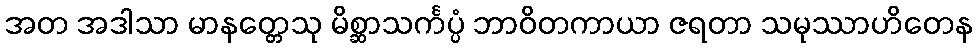
အတ အဒါသာ မာနတ္တေသု မိစ္ဆာသင်္ကပ္ပံ ဘာဝိတကာယာ ဇရတာ သမုဿာဟိတေန